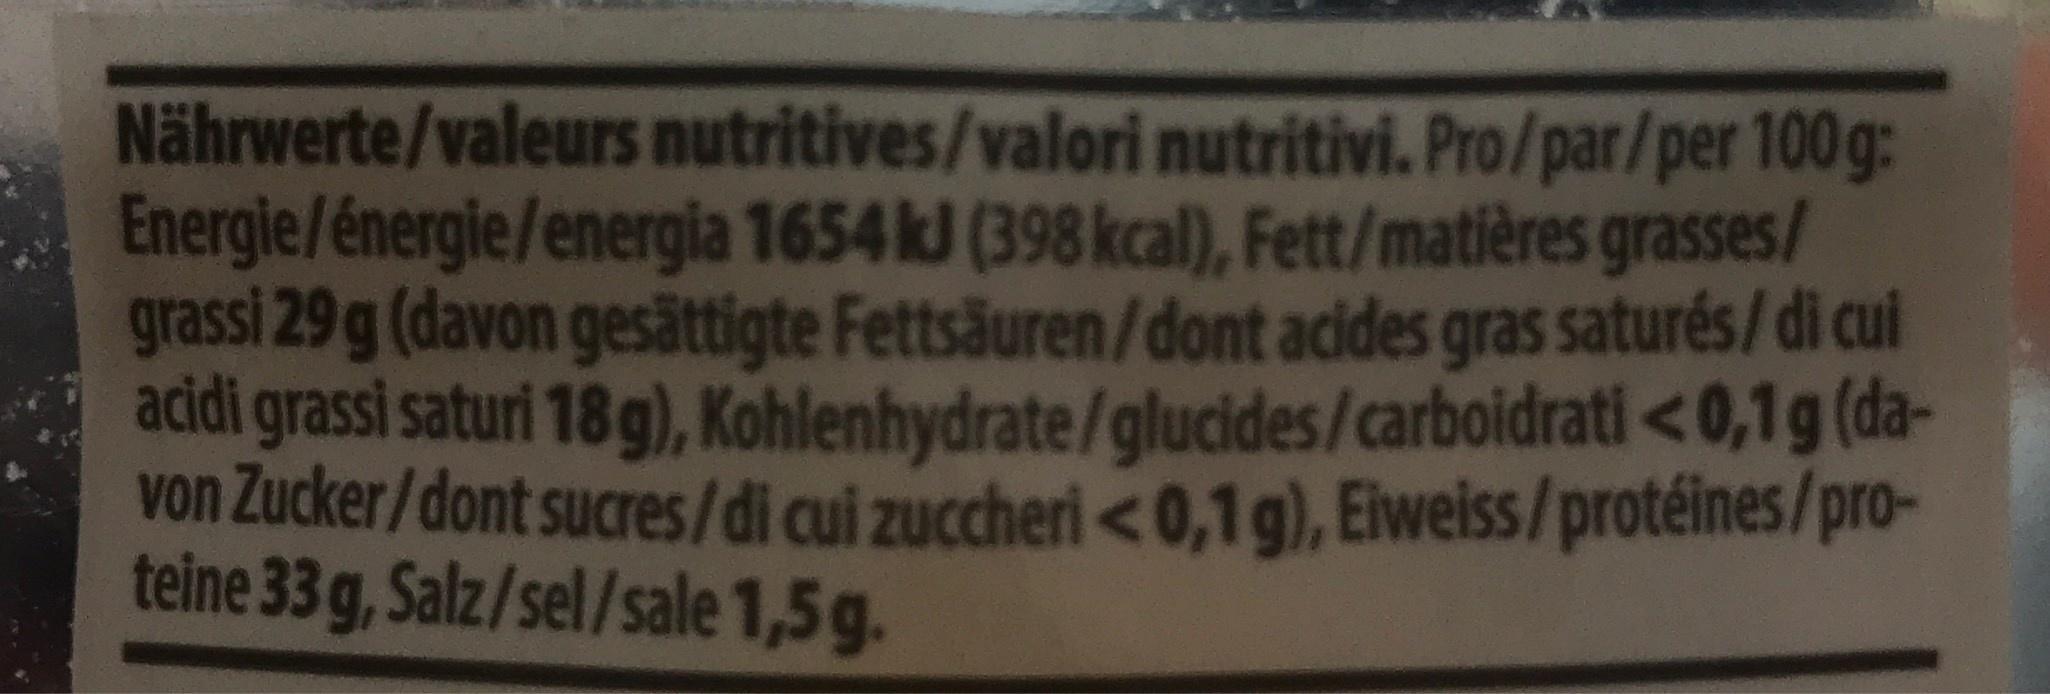
Nährwerte/valeurs nutritives/valori nutritivi. Pro/par/per 100g: Energie/énergie/energia 1654 kJ (398 kcal), Fett/matières grasses/ grassi 29 g (davon gesättigte Fettsäuren/dont acides gras saturés/ di cui addi grassi saturi 18g), Kohlenhydrate/glucides/carboidrati<0,1g (da- von Zucker/dont sucres/di cui zuccheri<0,1g), Eiweiss/protéines/pro- teine 33g,Salz/sel/sale 1,5 g.